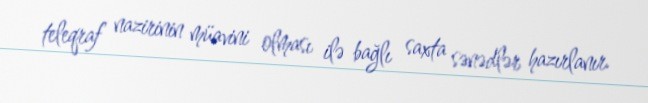
teleqraf nazirinin müavini olması ilə bağlı saxta sənədlər hazırlanır.